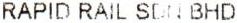
RAPID RAIL SDN BHD